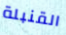
القنبلة